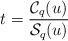
LaTeX: \begin{align*} t=\frac{\mathcal{C}_{q}(u)}{\mathcal{S}_{q}(u)} \end{align*}